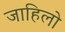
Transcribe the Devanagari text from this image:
जाहिलो